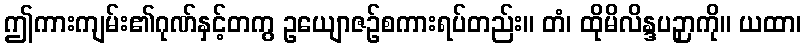
ဤကားကျမ်း၏ဂုဏ်နှင့်တကွ ဥယျောဇဉ်စကားရပ်တည်း။ တံ၊ ထိုမိလိန္ဒပဉှာကို။ ယထာ၊